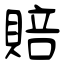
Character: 賠